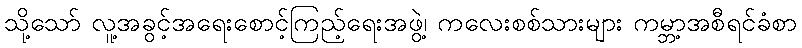
သို့သော် လူ့အခွင့်အရေးစောင့်ကြည့်ရေးအဖွဲ့၊ ကလေးစစ်သားများ ကမ္ဘာ့အစီရင်ခံစာ